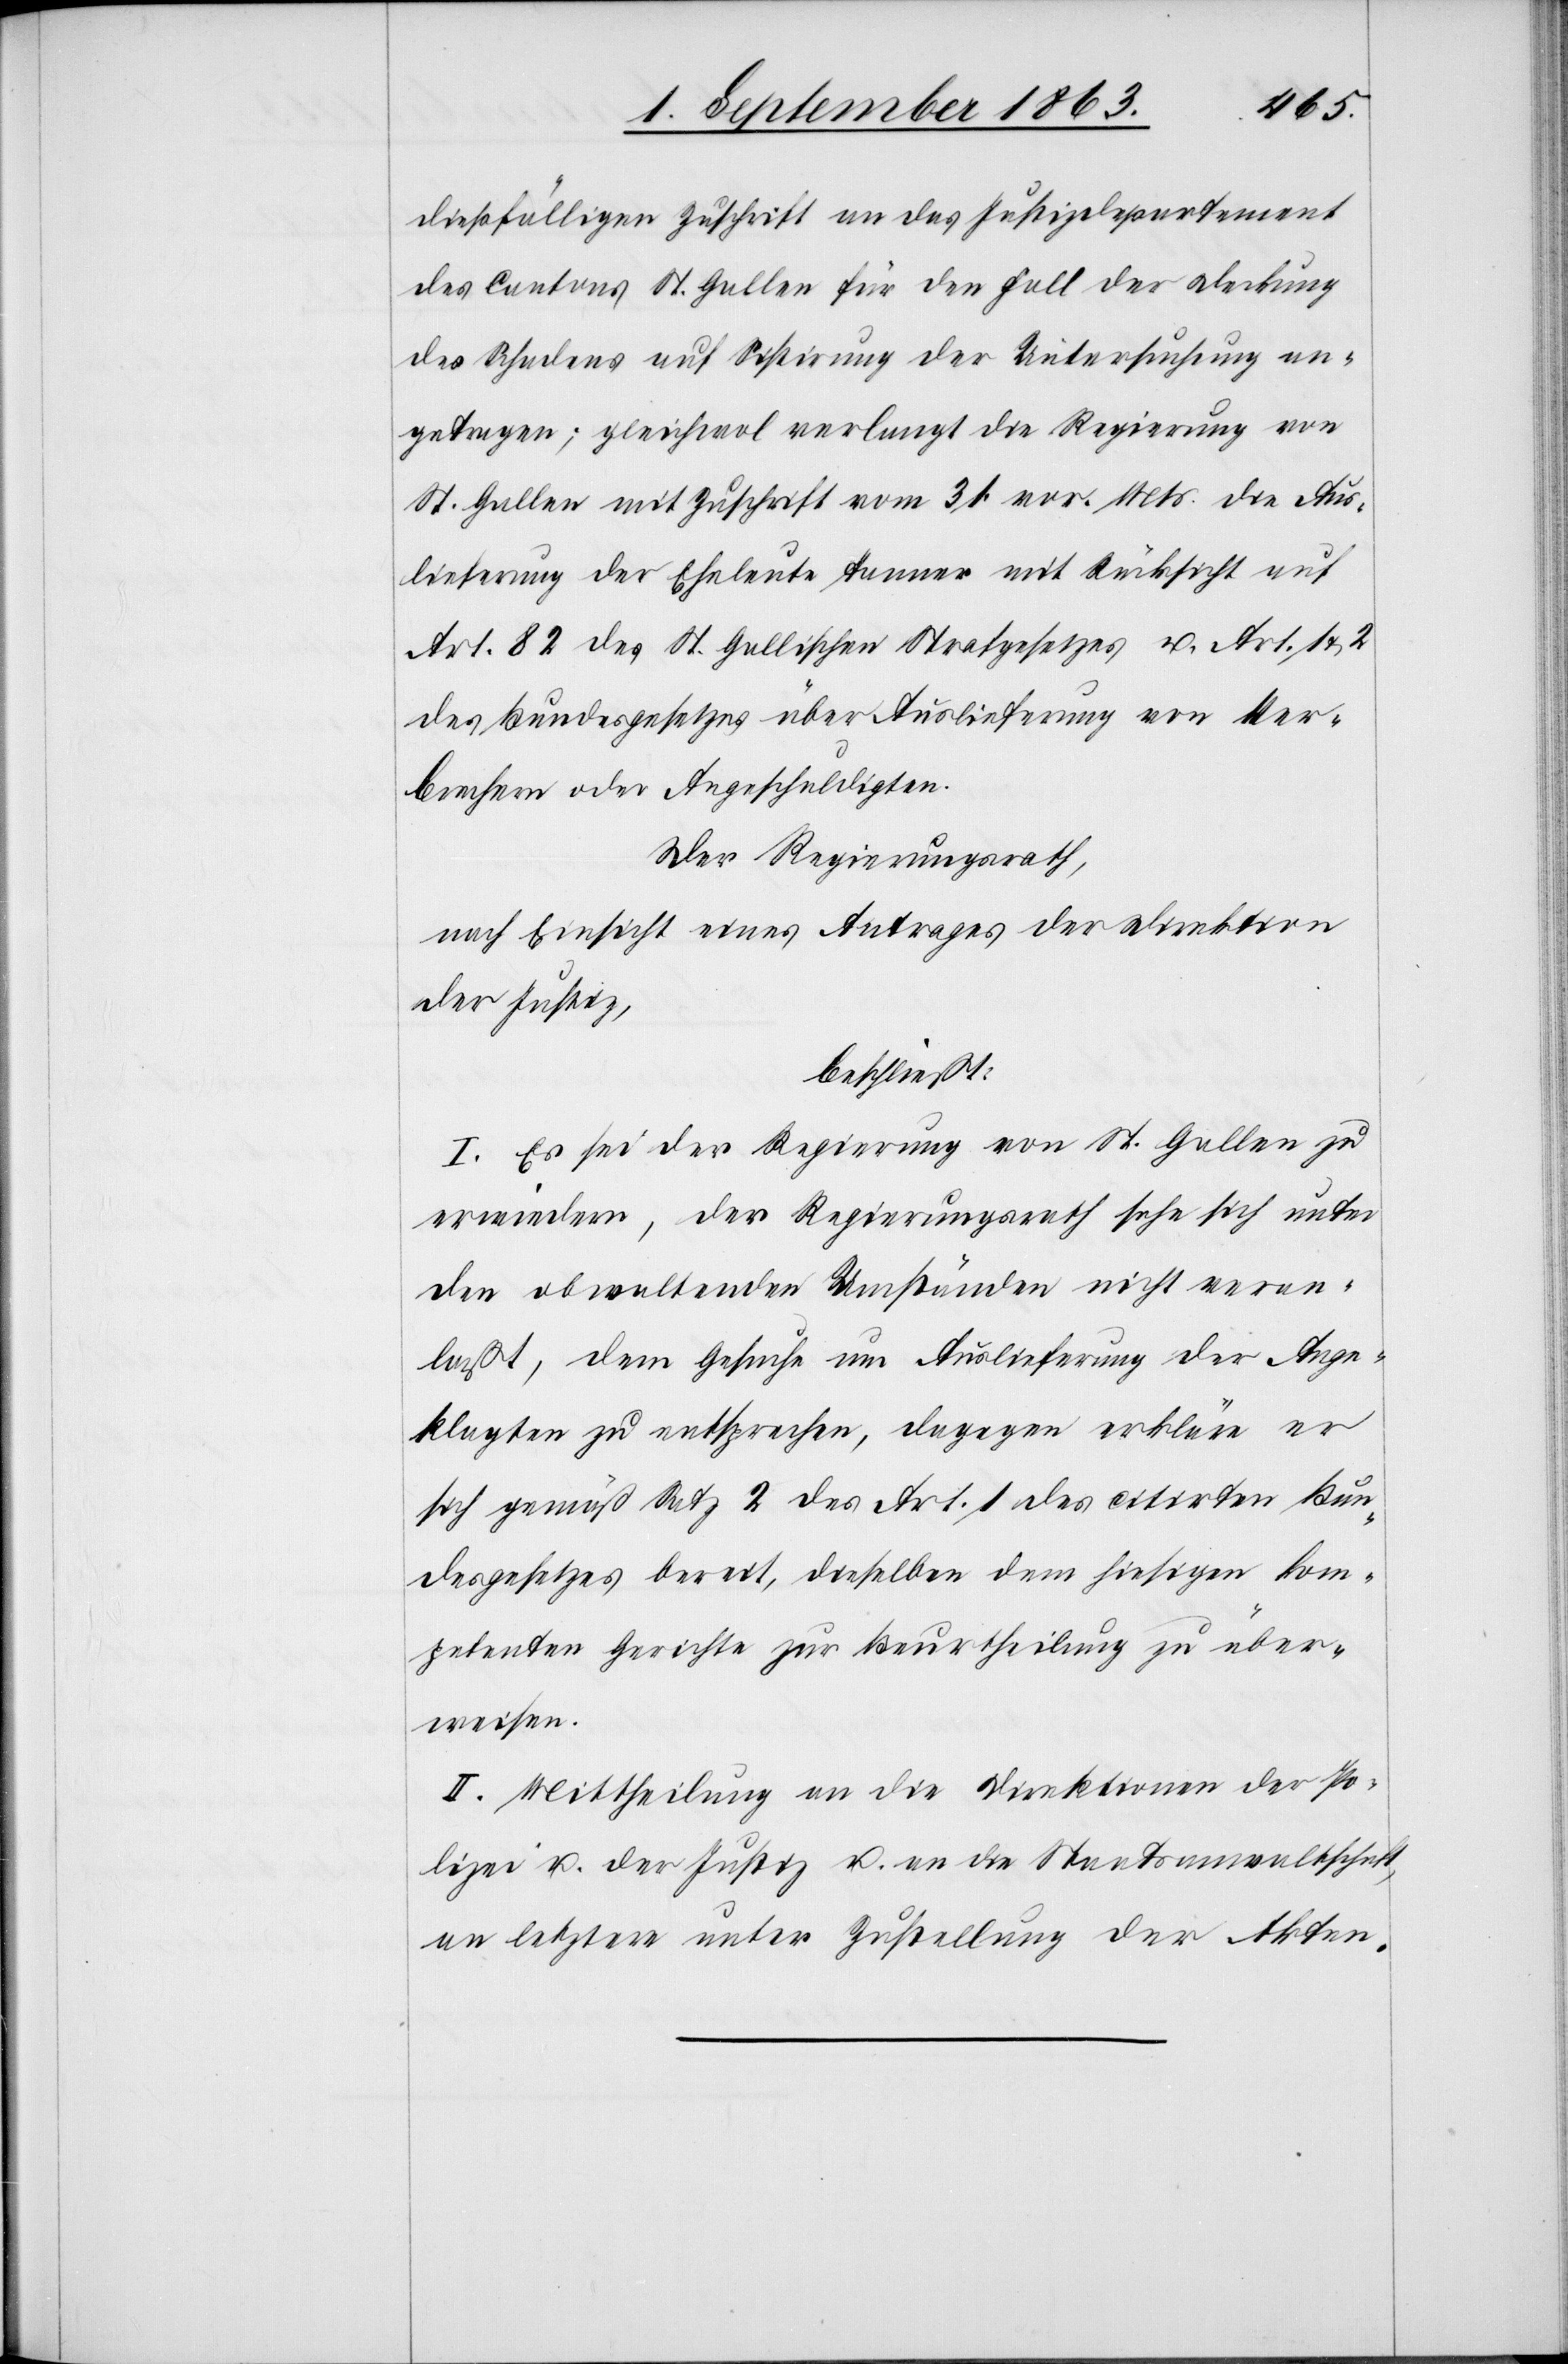
dießfälligen Zuschrift an das Justizdepartement
des Cantons St. Gallen für den Fall der Deckung
des Schadens auf Sistirung der Untersuchung an¬
getragen; gleichwol verlangt die Regierung von
St. Gallen mit Zuschrift vom 31. vor. Mts. die Aus¬
lieferung der Eheleute Tanner mit Rücksicht auf
Art. 82 des St. Gallischen Strafgesetzes u. Art. 1 &
des Bundesgesetzes über Auslieferung von Ver¬
brechern oder Angeschuldigten.
Der Regierungsrath,
nach Einsicht eines Antrages der Direktion
der Justiz,
beschließt:
I. Es sei der Regierung von St. Gallen zu
erwiedern, der Regierungsrath sehe sich unter
den obwaltenden Umständen nicht veran¬
laßt, dem Gesuche um Auslieferung der Ange¬
klagten zu entsprechen, dagegen erkläre er
sich gemäß Satz 2 des Art. 1 des citirten Bun¬
desgesetzes bereit, dieselben dem hiesigen kom¬
petenten Gerichte zur Beurtheilung zu über¬
weisen.
II. Mittheilung an die Direktionen der Po¬
lizei u. der Justiz u. an die Staatsanwaltschaft,
an letztere unter Zustellung der Akten.